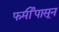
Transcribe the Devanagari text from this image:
फर्मीपासून